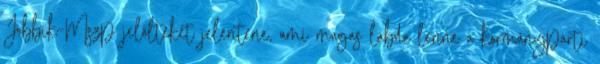
Jobbik-Mszp jelölteket jelentene, ami magas labda lenne a kormánypárti